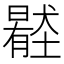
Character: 𡒦